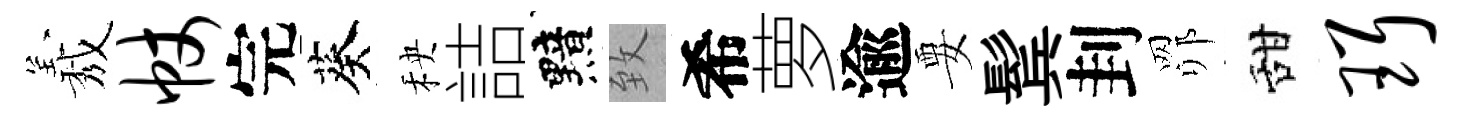
𦏁帐完葵秧詰黯致希萝逾要鬂刲𦊑甜珥